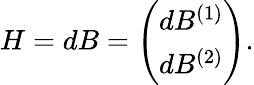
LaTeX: H=dB=\left(\begin{array}{cc}{{dB^{(1)}}}\\ {{dB^{(2)}}}\end{array}\right).